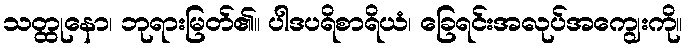
သတ္ထုနော၊ ဘုရားမြတ်၏။ ပါဒပရိစာရိယံ၊ ခြေရင်းအလုပ်အကျွေးကို။